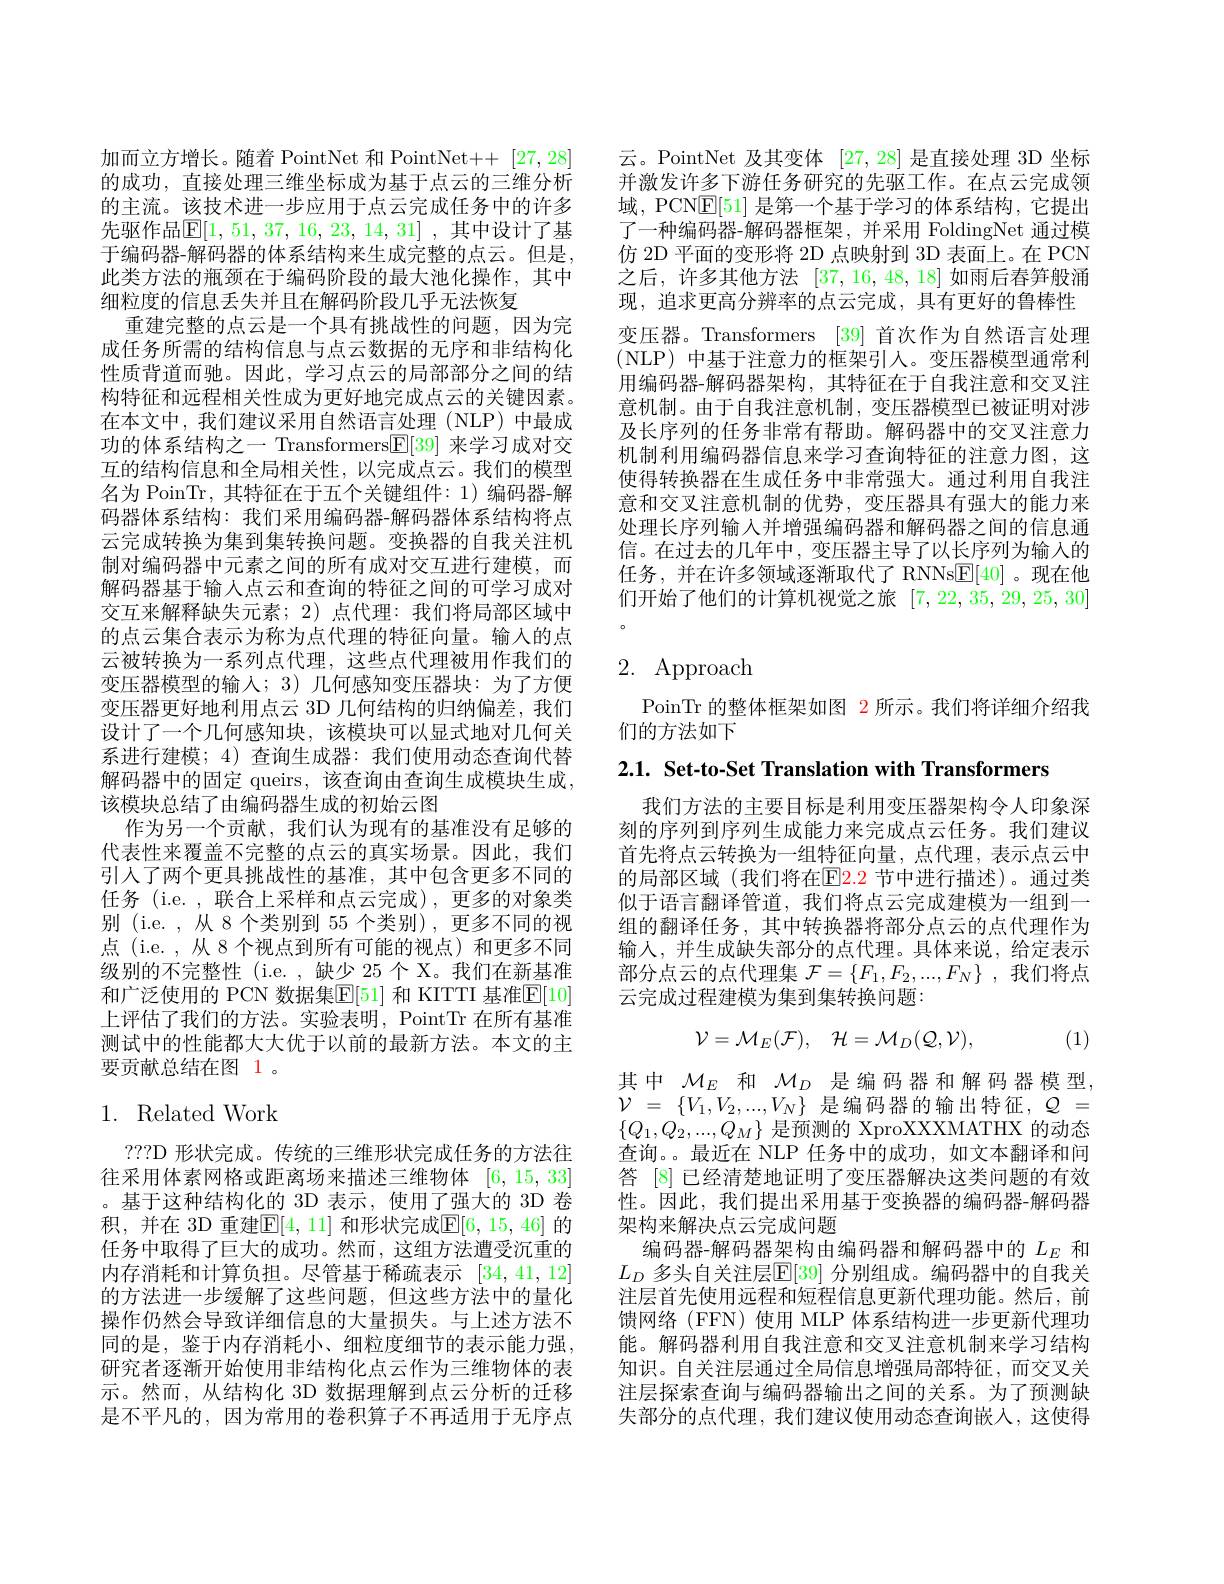
加而立方增长。随着 PointNet 和 PointNet++ [27,28] 的成功，直接处理三维坐标成为基于点云的三维分析的主流。该技术进一步应用于点云完成任务中的许多先驱作品$\boxed{\mathrm{E}}[1,51,37,16,23,14,31]$ ,其中设计了基于编码器-解码器的体系结构来生成完整的点云。但是， 此类方法的瓶颈在于编码阶段的最大池化操作，其中细粒度的信息丢失并且在解码阶段几乎无法恢复
重建完整的点云是一个具有挑战性的问题，因为完成任务所需的结构信息与点云数据的无序和非结构化性质背道而驰。因此，学习点云的局部部分之间的结构特征和远程相关性成为更好地完成点云的关键因素。在本文中，我们建议采用自然语言处理(NLP)中最成功的体系结构之一 Transformers$\underline{\mathbb{F}}[39]$来学习成对交互的结构信息和全局相关性，以完成点云。我们的模型名为 PoinTr, 其特征在于五个关键组件：1) 编码器-解码器体系结构：我们采用编码器-解码器体系结构将点云完成转换为集到集转换问题。变换器的自我关注机制对编码器中元素之间的所有成对交互进行建模，而解码器基于输入点云和查询的特征之间的可学习成对交互来解释缺失元素；2)点代理：我们将局部区域中的点云集合表示为称为点代理的特征向量。输入的点云被转换为一系列点代理，这些点代理被用作我们的变压器模型的输入；3)几何感知变压器块：为了方便变压器更好地利用点云 3D 几何结构的归纳偏差，我们设计了一个几何感知块，该模块可以显式地对几何关系进行建模；4)查询生成器：我们使用动态查询代替解码器中的固定 queirs, 该查询由查询生成模块生成， 该模块总结了由编码器生成的初始云图
作为另一个贡献，我们认为现有的基准没有足够的代表性来覆盖不完整的点云的真实场景。因此，我们引入了两个更具挑战性的基准，其中包含更多不同的任务 (i.e. , 联合上采样和点云完成),更多的对象类别 (i.e. , 从 8 个类别到 55 个类别), 更多不同的视点(i.e.,从8个视点到所有可能的视点)和更多不同级别的不完整性 (i.e. ,缺少 25 个 X。我们在新基准和广泛使用的 PCN 数据集E[51] 和 KITTI 基准E[10] 上评估了我们的方法。实验表明，PointTr 在所有基准测试中的性能都大大优于以前的最新方法。本文的主要贡献总结在图 1 。

## 1. Related Work

???D 形状完成。传统的三维形状完成任务的方法往往采用体素网格或距离场来描述三维物体[6,15,33] 。基于这种结构化的 3D 表示，使用了强大的 3D 卷积，并在 3D 重建$\mathbb{E}[4,11]$ 和形状完成$\mathbb{E}[6,15,46]$ 的任务中取得了巨大的成功。然而，这组方法遭受沉重的内存消耗和计算负担。尽管基于稀疏表示[34,41,12] 的方法进一步缓解了这些问题，但这些方法中的量化操作仍然会导致详细信息的大量损失。与上述方法不同的是，鉴于内存消耗小、细粒度细节的表示能力强， 研究者逐渐开始使用非结构化点云作为三维物体的表示。然而，从结构化 3D 数据理解到点云分析的迁移是不平凡的，因为常用的卷积算子不再适用于无序点

云。PointNet 及其变体[27,28]是直接处理 3D 坐标并激发许多下游任务研究的先驱工作。在点云完成领域，PCN$\mathbb{E}[51]$是第一个基于学习的体系结构，它提出了一种编码器-解码器框架，并采用 FoldingNet 通过模仿 2D 平面的变形将 2D 点映射到 3D 表面上。在 PCN 之后，许多其他方法[37,16,48,18]如雨后春笋般涌现，追求更高分辨率的点云完成，具有更好的鲁棒性变压器。Transformers [39] 首次作为自然语言处理(NLP)中基于注意力的框架引人。变压器模型通常利用编码器-解码器架构，其特征在于自我注意和交叉注意机制。由于自我注意机制，变压器模型已被证明对涉及长序列的任务非常有帮助。解码器中的交叉注意力机制利用编码器信息来学习查询特征的注意力图，这使得转换器在生成任务中非常强大。通过利用自我注意和交叉注意机制的优势，变压器具有强大的能力来处理长序列输入并增强编码器和解码器之间的信息通信。在过去的几年中，变压器主导了以长序列为输入的任务，并在许多领域逐渐取代了 RNNs$\underline{\mathrm{E}}[40]$。现在他们开始了他们的计算机视觉之旅[7,22,35,29,25,30]

# 2.Approach

PoinTr 的整体框架如图 2 所示。我们将详细介绍我
们的方法如下

2.1. Set-to-Set Translation with Transformers

我们方法的主要目标是利用变压器架构令人印象深刻的序列到序列生成能力来完成点云任务。我们建议首先将点云转换为一组特征向量，点代理，表示点云中的局部区域 (我们将在E2.2 节中进行描述)。通过类似于语言翻译管道，我们将点云完成建模为一组到一组的翻译任务，其中转换器将部分点云的点代理作为输入，并生成缺失部分的点代理。具体来说，给定表示部分点云的点代理集$\mathcal{F}=\{F_1,F_2,...,F_N\}$ ,我们将点云完成过程建模为集到集转换问题：
$$\mathcal{V}=\mathcal{M}_{E}(\mathcal{F}),\quad\mathcal{H}=\mathcal{M}_{D}(\mathcal{Q},\mathcal{V}),$$
(1)

其中$\mathcal{M}_E$和$\mathcal{M}_D$是编码器和解码器模型， $\mathcal{V}$ = $\{ V_{1}, V_{2}, . . . , V_{N}\}$ 是编码器的输出特征，$\mathcal{Q}$ = $\{Q_1,Q_2,...,Q_M\}$是预测的 XproXXXMATHX 的动态查询。。最近在 NLP 任务中的成功，如文本翻译和问答 [8] 已经清楚地证明了变压器解决这类问题的有效性。因此，我们提出采用基于变换器的编码器-解码器架构来解决点云完成问题
编码器-解码器架构由编码器和解码器中的$L_E$和$L_D$ 多头自关注层$\mathbb{E}[39]$ 分别组成。编码器中的自我关注层首先使用远程和短程信息更新代理功能。然后，前馈网络(FFN)使用 MLP 体系结构进一步更新代理功能。解码器利用自我注意和交叉注意机制来学习结构知识。自关注层通过全局信息增强局部特征，而交叉关注层探索查询与编码器输出之间的关系。为了预测缺失部分的点代理，我们建议使用动态查询嵌入，这使得